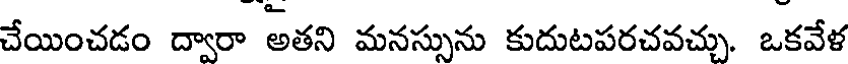
చేయించడం ద్వారా అతని మనస్సును కుదుటపరచవచ్చు. ఒకవేళ